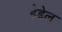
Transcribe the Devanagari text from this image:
हैडेल